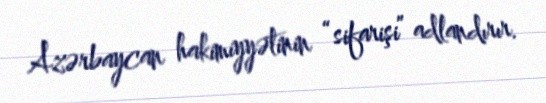
Azərbaycan hakimiyyətinin “sifarişi” adlandırır.